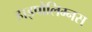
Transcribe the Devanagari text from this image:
हाइपोलिम्नस